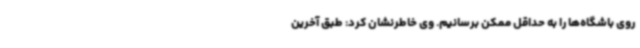
روی باشگاه‌ها را به حداقل ممکن برسانیم. وی خاطرنشان کرد: طبق آخرین